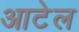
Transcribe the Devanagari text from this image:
आटेल